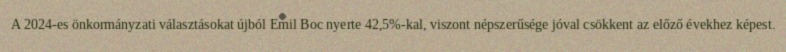
A 2024-es önkormányzati választásokat újból Emil Boc nyerte 42,5%-kal, viszont népszerűsége jóval csökkent az előző évekhez képest.